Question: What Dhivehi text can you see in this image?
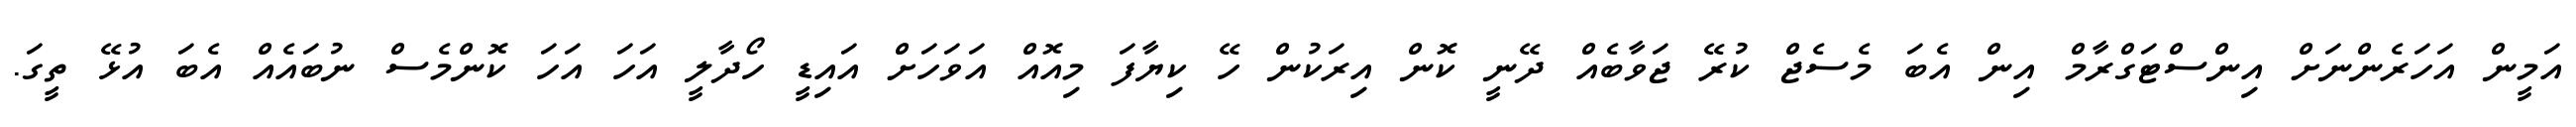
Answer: އަމީން އަހަރެންނަށް އިންސްޓަގްރާމް އިން އެބަ މެސެޖް ކުރޭ ޖަވާބެއް ދޭނީ ކޮން އިރަކުން ހޭ ކިޔާފަ މިއޮއް އަވަހަށް އައިޑީ ހޯދާލީ އަހަ އަހަ ކޮންމެސް ނުބައެއް އެބަ އުޅޭ ތީގަ.